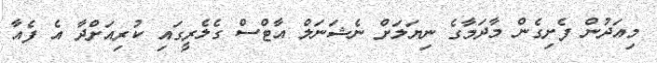
މިއަދުން ފެށިގެން މާދަމާގެ ނިޔަލަށް ނެޝަނަލް އާޓްސް ގެލެރީގައި ކުރިއަށްދާ އެ ފެއާ